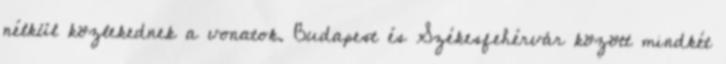
nélkül közlekednek a vonatok. Budapest és Székesfehérvár között mindkét